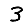
Digit: 3